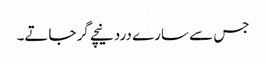
جس سے سارے درد نیچے گر جاتے۔